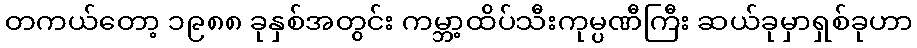
တကယ်တော့ ၁၉၈၈ ခုနှစ်အတွင်း ကမ္ဘာ့ထိပ်သီးကုမ္ပဏီကြီး ဆယ်ခုမှာရှစ်ခုဟာ